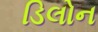
ડિલોન